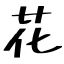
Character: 花